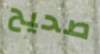
صحيح